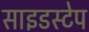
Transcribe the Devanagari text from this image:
साइडस्टेप